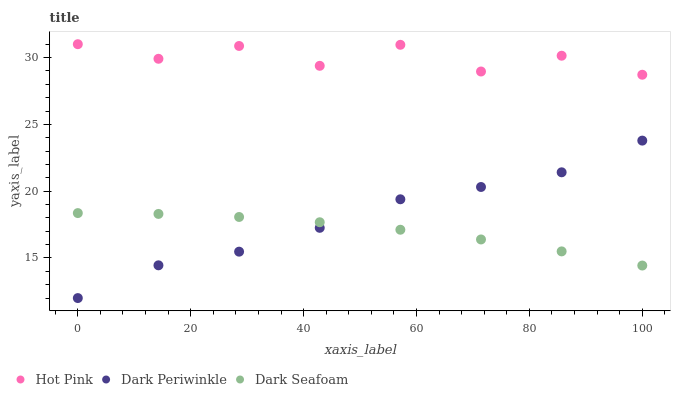
| xaxis_label | Hot Pink | Dark Periwinkle | Dark Seafoam |
 | --- | --- | --- | --- |
 | 0 | 31 | 12 | 18.4 |
 | 14.3 | 29.9 | 14.5 | 18.3 |
 | 28.6 | 30.9 | 15.5 | 18.1 |
 | 42.9 | 29.4 | 17.3 | 17.7 |
 | 57.1 | 31 | 19.4 | 17.1 |
 | 71.4 | 29 | 20.3 | 16.4 |
 | 85.7 | 30.1 | 21.4 | 15.5 |
 | 100 | 28.7 | 23.8 | 14.4 |